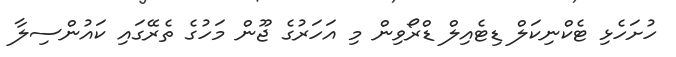
ހުށަހެޅި ޓެކްނިކަލް ޑިޓެއިލް ޑްރޯވިން މި އަހަރުގެ ޖޫން މަހުގެ ތެރޭގައި ކައުންސިލާ